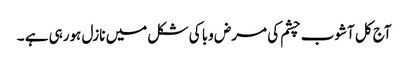
آج کل آشوب چشم کی مرض وبا کی شکل میں نازل ہورہی ہے ۔